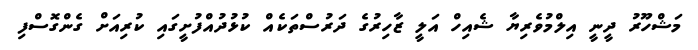
މަޝްހޫރު ދީނީ އިލްމުވެރިޔާ ޝެއިހް އަލީ ޒާހިރުގެ ދަރުސްތަކެއް ކުޅުދުއްފުށީގައި ކުރިއަށް ގެންގޮސްފި